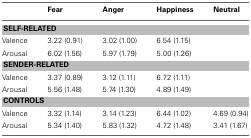
<table><thead><tr><td></td><td><b>Fear</b></td><td><b>Anger</b></td><td><b>Happiness</b></td><td><b>Neutral</b></td></tr></thead><tbody><tr><td colspan="5"><b>SELF-RELATED</b></td></tr><tr><td>Valence</td><td>3.22 (0.91)</td><td>3.02 (1.00)</td><td>6.54 (1.15)</td><td></td></tr><tr><td>Arousal</td><td>6.02 (1.56)</td><td>5.97 (1.79)</td><td>5.00 (1.26)</td><td></td></tr><tr><td colspan="5"><b>SENDER-RELATED</b></td></tr><tr><td>Valence</td><td>3.37 (0.89)</td><td>3.12 (1.11)</td><td>6.72 (1.11)</td><td></td></tr><tr><td>Arousal</td><td>5.56 (1.48)</td><td>5.74 (1.30)</td><td>4.89 (1.49)</td><td></td></tr><tr><td colspan="5"><b>CONTROLS</b></td></tr><tr><td>Valence</td><td>3.32 (1.14)</td><td>3.14 (1.23)</td><td>6.44 (1.02)</td><td>4.69 (0.94)</td></tr><tr><td>Arousal</td><td>5.34 (1.40)</td><td>5.83 (1.32)</td><td>4.72 (1.48)</td><td>3.41 (1.67)</td></tr></tbody></table>